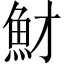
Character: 𩵝